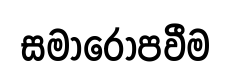
සමාරෝපවීම